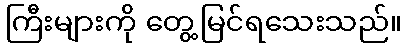
ကြီးများကို တွေ့မြင်ရသေးသည်။